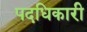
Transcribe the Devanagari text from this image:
पदधिकारी